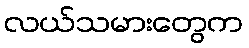
လယ်သမားတွေက